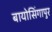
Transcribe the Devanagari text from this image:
बायोसिंगापुर